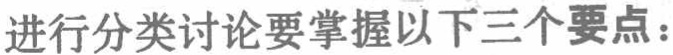
进行分类讨论要掌握以下三个要点：